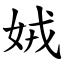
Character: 娀